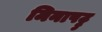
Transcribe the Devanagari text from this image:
मिनापट्टु